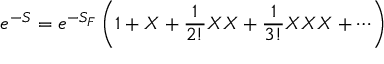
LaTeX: e ^ { - S } = e ^ { - S _ { F } } \left( 1 + X + { \frac { 1 } { 2 ! } } X X + { \frac { 1 } { 3 ! } } X X X + \cdots \right)